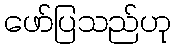
ဖော်ပြသည်ဟု